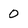
Character: 0